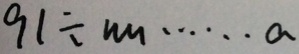
9 1 \div n m \cdots a